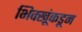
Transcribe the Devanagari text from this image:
भिक्खूंकडून